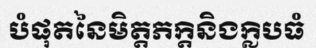
បំផុតនៃមិត្តភក្តិនិងក្លិបធំ